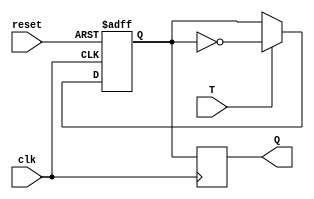
module t_flipflop (
  input wire T, // Toggle input
  input wire clk, // Clock input
  input wire reset, // Reset input
  output reg Q // Output
);

reg Q_master, Q_slave;

// Master flip-flop
always @(posedge clk or posedge reset)
begin
  if (reset)
    Q_master <= 1'b0;
  else if (T)
    Q_master <= ~Q_master;
end

// Slave flip-flop
always @(posedge clk)
begin
  Q_slave <= Q_master;
end

// Output
assign Q = Q_slave;

endmodule